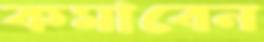
কমাবেন